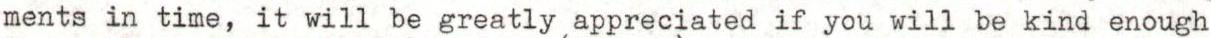
ments in time, it will be greatly appreciated if you will be kind enough